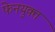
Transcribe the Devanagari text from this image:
फेनयुक्त